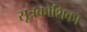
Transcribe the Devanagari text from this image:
सूत्रकोशिका